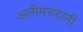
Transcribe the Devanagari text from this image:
अलीमचंदानी